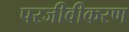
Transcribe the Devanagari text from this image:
परजीवीकरण